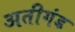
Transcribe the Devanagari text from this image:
अतीगंड